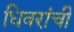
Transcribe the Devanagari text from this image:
धिवरांची